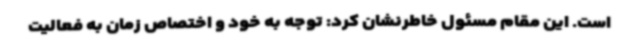
است. این مقام مسئول خاطرنشان کرد: توجه به خود و اختصاص زمان به فعالیت